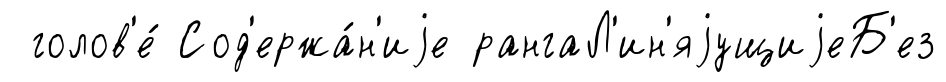
голов'е́ Сод'ержа́н'иjе рангаЛ'ин'яjущиjеБ'ез